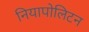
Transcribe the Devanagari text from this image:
नियापोलिटन